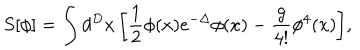
S [ \phi ] = \int d ^ { D } x \, \biggl [ \frac { 1 } { 2 } \phi ( x ) e ^ { - \Delta } \phi ( x ) - \frac { g } { 4 ! } \phi ^ { 4 } ( x ) \biggr ] ,